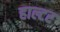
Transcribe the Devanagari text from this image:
हाल्टर